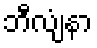
ဘီလျံနာ